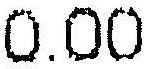
0.00